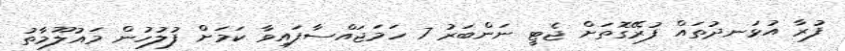
ފުރާ އުޅަނދުތައް ފުރޭގޮތަށް ޖެޓީ ނަންބަރު 7 ހަމަޖައްސާފައިވާ ކަމަށް ފުލުހުން މައުލޫމާތު